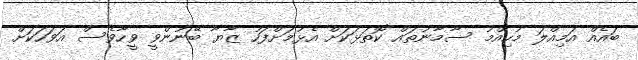
ބައެއް އަމިއްލަ މުހިއްމު ސާމާނުތައް ކޮތަޅަކަށް އެޅުމަށްފަހު ޒާޔާ ބޭނުންވީ ވީހާވެސް އަވަހަކަށް